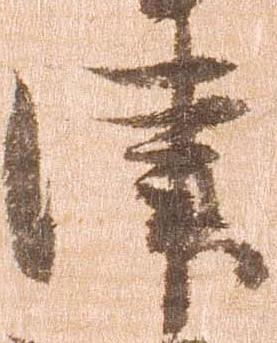
津